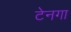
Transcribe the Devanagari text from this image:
टेनगा